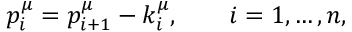
p _ { i } ^ { \mu } = p _ { i + 1 } ^ { \mu } - k _ { i } ^ { \mu } , \quad \quad i = 1 , \dots , n ,